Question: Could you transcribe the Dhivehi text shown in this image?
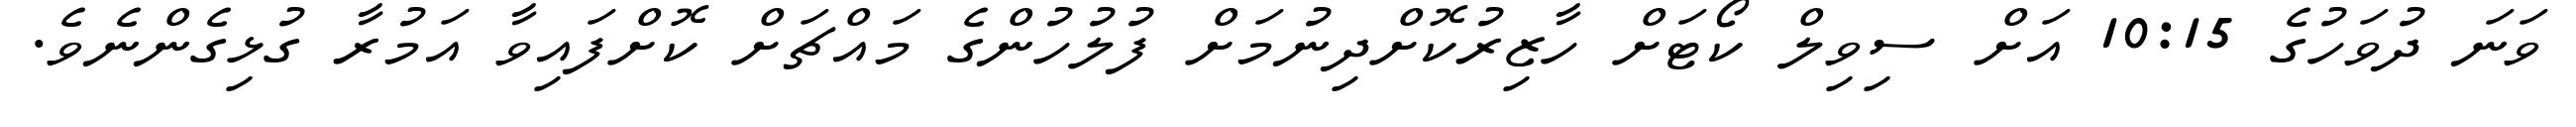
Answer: ވަނަ ދުވަހުގެ 10:15 އަށް ސިވިލް ކޯޓަށް ހާޒިރުކޮށްދިނުމަށް ފުލުހުންގެ މައްޗަށް ކޮށްފައިވާ އަމުރާ ގުޅިގެންނެވެ.